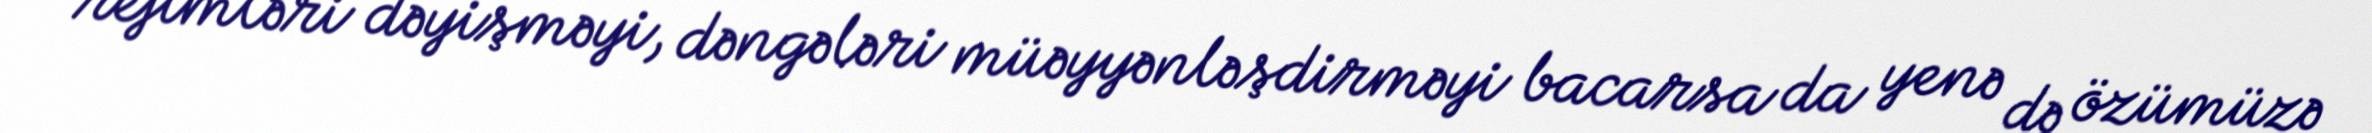
rejimləri dəyişməyi, dəngələri müəyyənləşdirməyi bacarsa da yenə də özümüzə